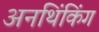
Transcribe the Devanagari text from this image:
अनथिंकिंग